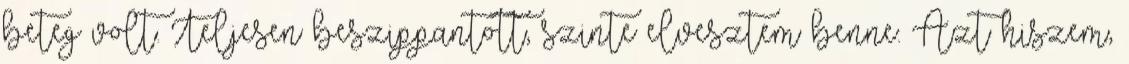
beteg volt. Teljesen beszippantott, szinte elvesztem benne. Azt hiszem,